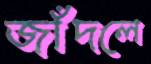
জাঁদলে